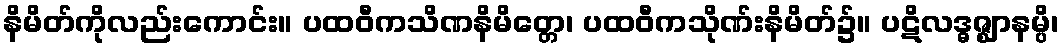
နိမိတ်ကိုလည်းကောင်း။ ပထဝီကသိဏနိမိတ္တေ၊ ပထဝီကသိုဏ်းနိမိတ်၌။ ပဋိလဒ္ဓဇ္ဈာနမ္ပိ၊